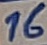
Text: 16